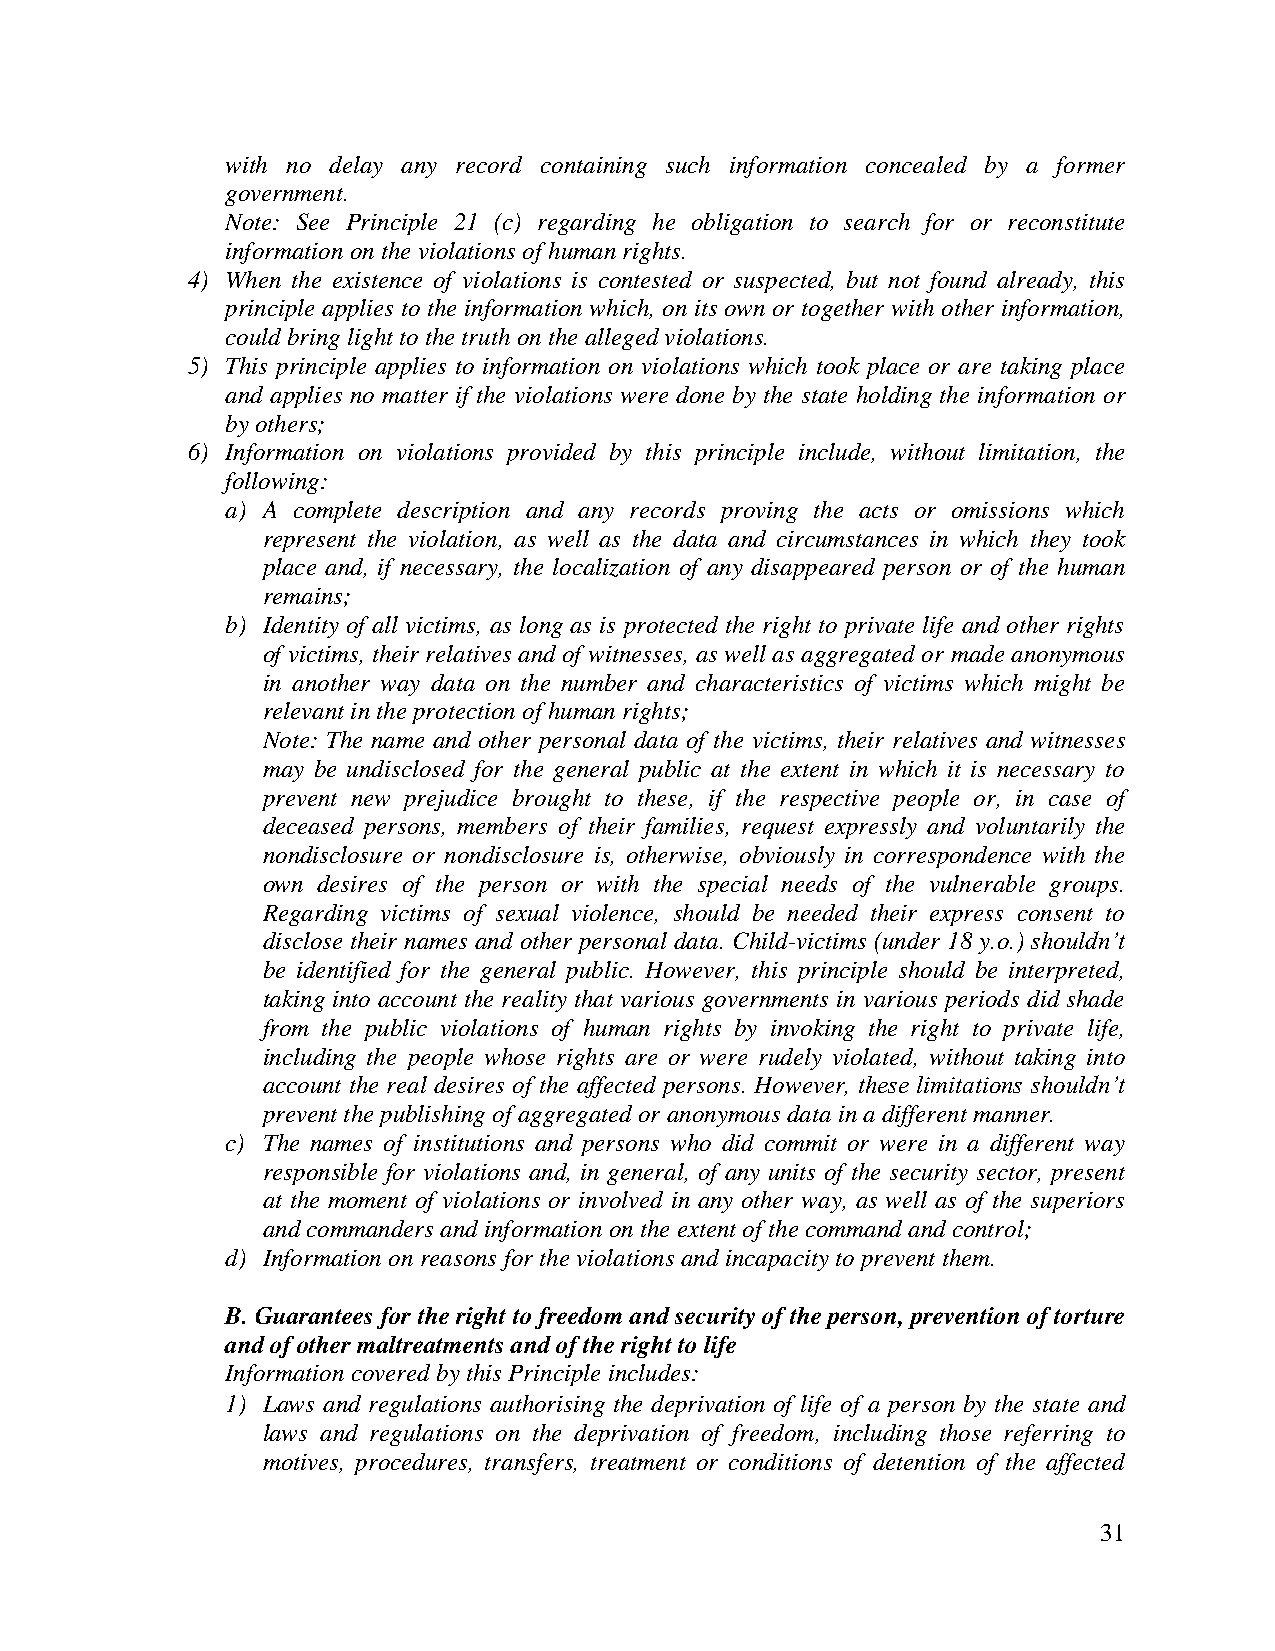
with no delay any record containing such information concealed by a former
 government.
 Note: See Principle 21 (c) regarding he obligation to search for or reconstitute
 information on the violations of human rights.
 4) When the existence of violations is contested or suspected, but not found already, this
 principle applies to the information which, on its own or together with other information,
 could bring light to the truth on the alleged violations.
 5) This principle applies to information on violations which took place or are taking place
 and applies no matter if the violations were done by the state holding the information or
 by others;
 6) Information on violations provided by this principle include, without limitation, the
 following:
 a) A complete description and any records proving the acts or omissions which
 represent the violation, as well as the data and circumstances in which they took
 place and, if necessary, the localization of any disappeared person or of the human
 remains;
 b) Identity of all victims, as long as is protected the right to private life and other rights
 of victims, their relatives and of witnesses, as well as aggregated or made anonymous
 in another way data on the number and characteristics of victims which might be
 relevant in the protection of human rights;
 Note: The name and other personal data of the victims, their relatives and witnesses
 may be undisclosed for the general public at the extent in which it is necessary to
 prevent new prejudice brought to these, if the respective people or, in case of
 deceased persons, members of their families, request expressly and voluntarily the
 nondisclosure or nondisclosure is, otherwise, obviously in correspondence with the
 own desires of the person or with the special needs of the vulnerable groups.
 Regarding victims of sexual violence, should be needed their express consent to
 disclose their names and other personal data. Child-victims (under 18 y.o.) shouldn’t
 be identified for the general public. However, this principle should be interpreted,
 taking into account the reality that various governments in various periods did shade
 from the public violations of human rights by invoking the right to private life,
 including the people whose rights are or were rudely violated, without taking into
 account the real desires of the affected persons. However, these limitations shouldn’t
 prevent the publishing of aggregated or anonymous data in a different manner.
 c) The names of institutions and persons who did commit or were in a different way
 responsible for violations and, in general, of any units of the security sector, present
 at the moment of violations or involved in any other way, as well as of the superiors
 and commanders and information on the extent of the command and control;
 d) Information on reasons for the violations and incapacity to prevent them.
 B. Guarantees for the right to freedom and security of the person, prevention of torture
 and of other maltreatments and of the right to life
 Information covered by this Principle includes:
 1) Laws and regulations authorising the deprivation of life of a person by the state and
 laws and regulations on the deprivation of freedom, including those referring to
 motives, procedures, transfers, treatment or conditions of detention of the affected
 31